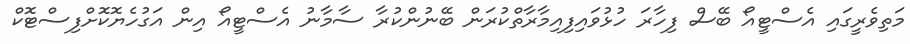
މަތިވެރީގައި އެސްޓީއޯ ބޭސް ފިހާރަ ހުޅުވައިފިއިމާރާތްކުރަން ބޭނުންކުރާ ސާމާނު އެސްޓީއޯ އިން އަގުހެޔޮކޮށްފިސްޓޮކް